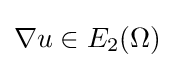
{\textstyle \nabla u\in E_{2}(\Omega )}